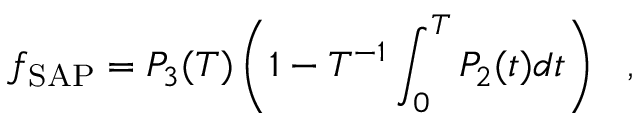
f _ { \mathrm { S A P } } = P _ { 3 } ( T ) \left( 1 - T ^ { - 1 } \int _ { 0 } ^ { T } P _ { 2 } ( t ) d t \right) \ \ ,